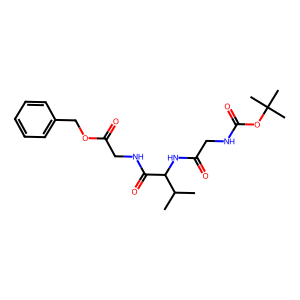
SMILES: CC(C)C(NC(=O)CNC(=O)OC(C)(C)C)C(=O)NCC(=O)OCc1ccccc1
Inhibits HIV replication: No